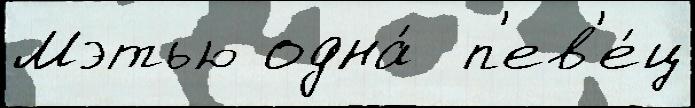
Мэтью одна́  п'ев'е́ц